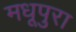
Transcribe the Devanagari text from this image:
मधूपुरा